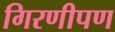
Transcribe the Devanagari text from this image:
गिरणीपण